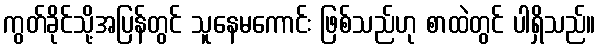
ကွတ်ခိုင်သို့အပြန်တွင် သူနေမကောင်း ဖြစ်သည်ဟု စာထဲတွင် ပါရှိသည်။